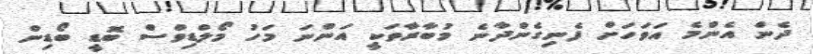
ދެން އެންމެ އަވަހަށް ފެނިގެންދާނެ މުބާރާތަކީ އަންނަ މަހު މޯލްޑިވްސް ބޮޑީ ބޯޑިން